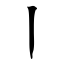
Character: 丨